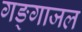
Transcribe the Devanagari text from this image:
गङ्गाजल